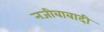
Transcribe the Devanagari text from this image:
नजीबाबादी